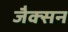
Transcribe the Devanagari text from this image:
जैक्‍सन